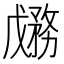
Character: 𱐷